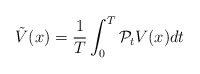
\begin{align*}\tilde{V}(x) = \frac{1}{T}\int_0^T \mathcal{P}_t V(x) dt\end{align*}